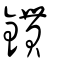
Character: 鏆